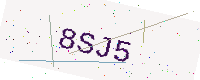
Text: 8SJ5